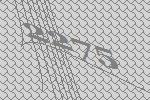
2275